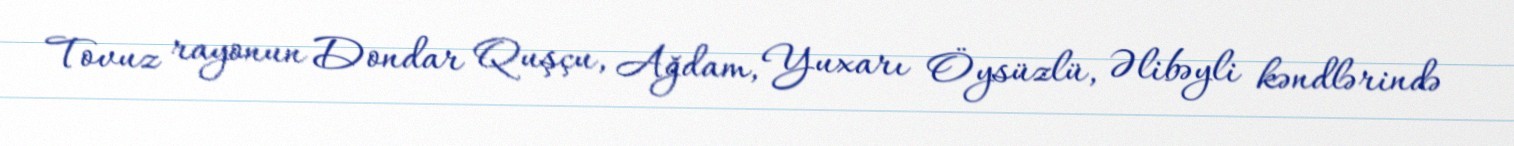
Tovuz rayonun Dondar Quşçu, Ağdam, Yuxarı Öysüzlü, Əlibəyli kəndlərində